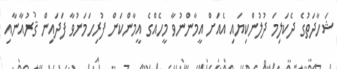
ޝަހާދަތުގެ ދެކަލިމަ ދުލުންކިޔައި އެއަށް އީމާންނުވާ މީހެއްގެ އީމާންކަން ފުރިހަމަނުވާ ފަދައިން ޤުރުއާނާއި